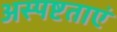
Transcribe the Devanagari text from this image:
अस्पष्टताएं